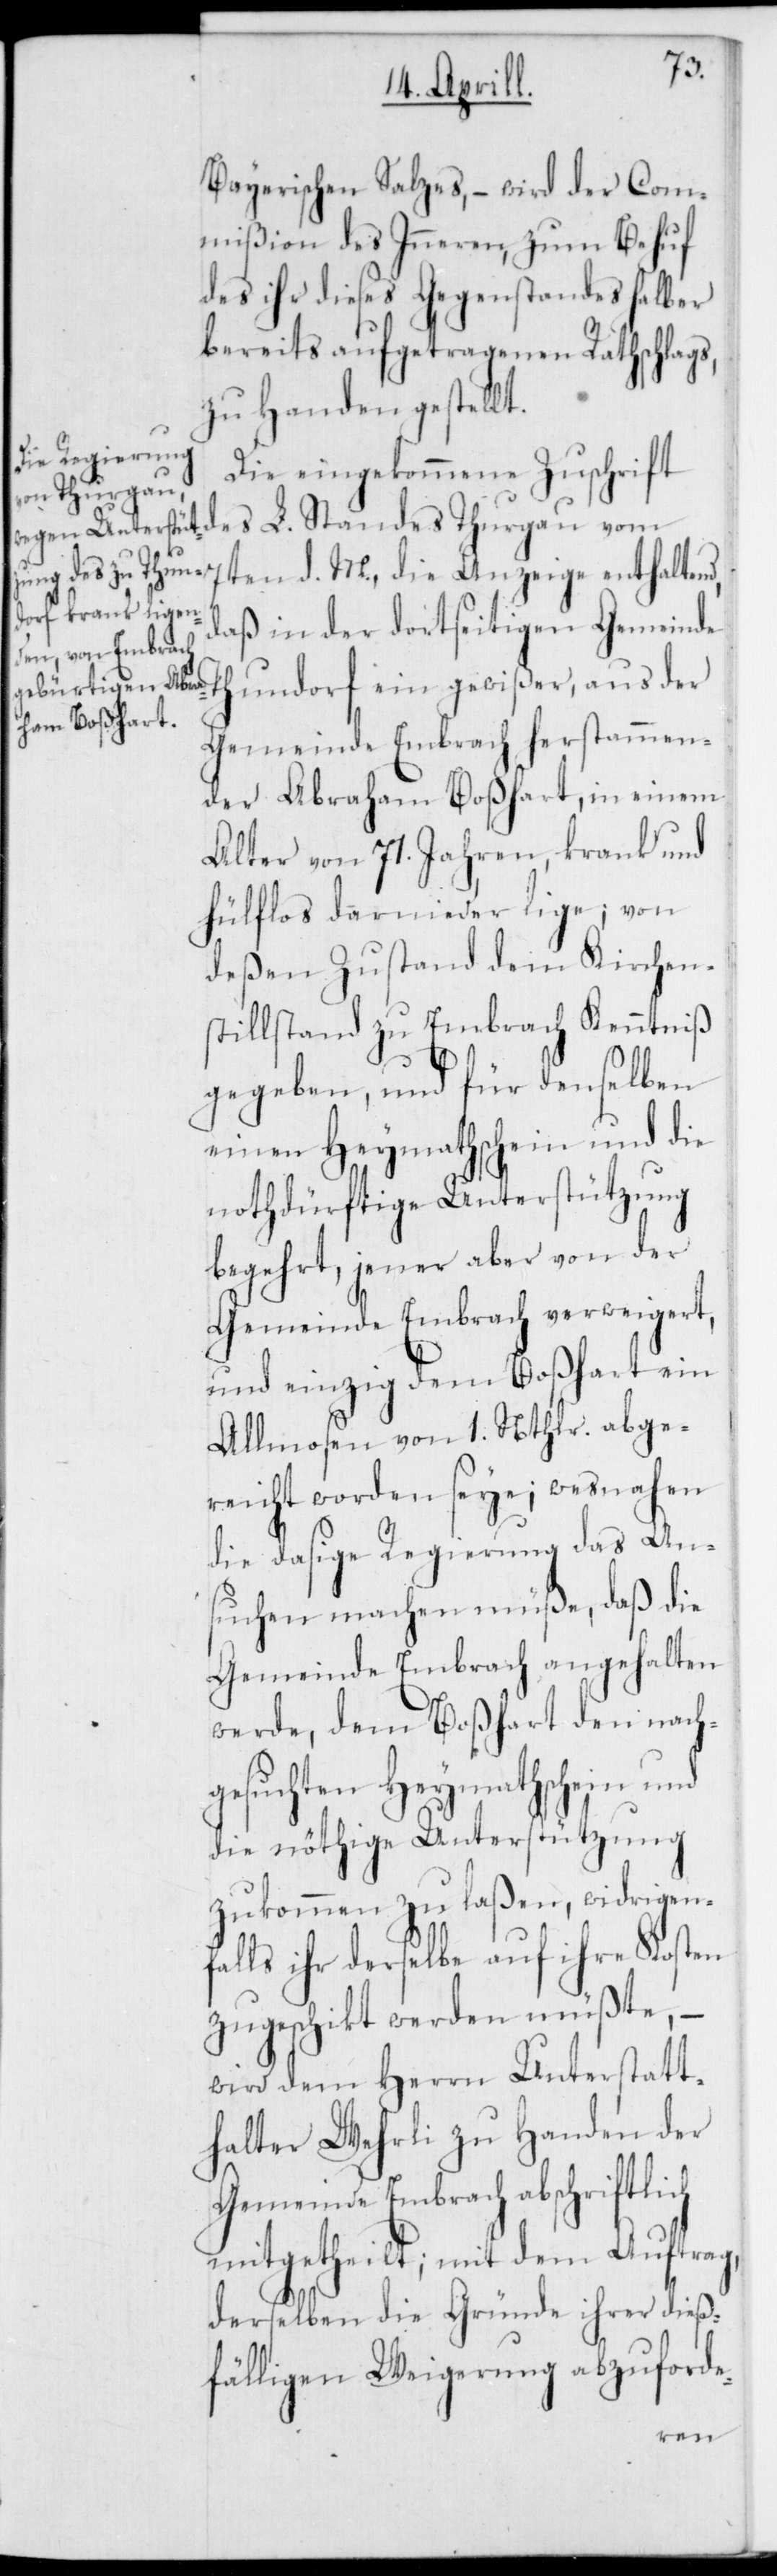
Bayerischen Salzes, – wird der Com¬
mißion des Inneren, zum Behuf
des ihr dieses Gegenstandes halber
bereits aufgetragenen Rathschlags
zu Handen gestellt.
Die eingekommene Zuschrift
des L. Standes Thurgau vom
7ten d. M., die Anzeige enthaltend,
daß in der dortseitigen Gemeinde
Thundorf ein gewißer, aus der
Gemeinde Embrach herstammen¬
der Abraham Boßhart, in einem
Alter von 71. Jahren, krank und
hülflos darnieder lige; von
deßen Zustand dem Kirchen¬
stillstand zu Embrach Kenntniß
gegeben, und für denselben
einen Heymathschein und die
nothdürftige Unterstützung
begehrt, jener aber von der
Gemeinde Embrach verweigert,
und einzig dem Boßhart ein
Almosen von 1. Nthlr. abge¬
reicht worden seye; wesnahen
die dasige Regierung das An¬
suchen machen müße, daß die
Gemeinde Embrach angehalten
werde, dem Boßhart den nach¬
gesuchten Heymathschein und
die nöthige Unterstützung
zukommen zu laßen, widrigen¬
falls ihr derselbe auf ihre Kosten
zugeschickt werden müßte, –
wird dem Herrn Unterstatt¬
halter Wehrli zu Handen der
Gemeinde Embrach abschriftlich
mitgetheilt; mit dem Auftrag,
derselben die Gründe ihrer dieß¬
fälligen Weigerung abzuforde-